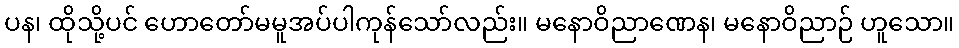
ပန၊ ထိုသို့ပင် ဟောတော်မမူအပ်ပါကုန်သော်လည်း။ မနောဝိညာဏေန၊ မနောဝိညာဉ် ဟူသော။